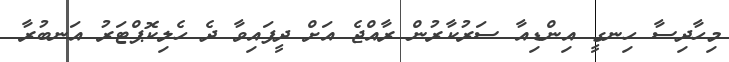
މިހާދިސާ ހިނގީ އިންޑިއާ ސަރުކާރުން ރާއްޖެ އަށް ދީފައިވާ ދެ ހެލިކޮޕްޓަރު އަނބުރާ